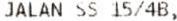
JALAN SS 15/4B,